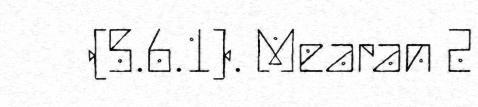
(5.6.1). Mearan 2